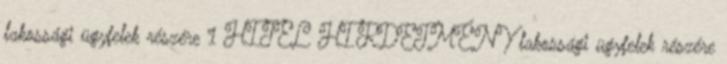
lakossági ügyfelek részére 1 HITEL HIRDETMÉNY lakossági ügyfelek részére